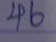
46